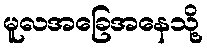
မူလအခြေအနေသို့